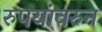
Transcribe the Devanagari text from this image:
रुपयांवरुन